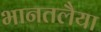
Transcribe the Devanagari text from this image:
भानतलैया